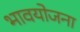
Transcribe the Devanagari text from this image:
भावयोजना